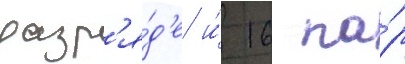
разр'я́д'е и́ 16 па́р